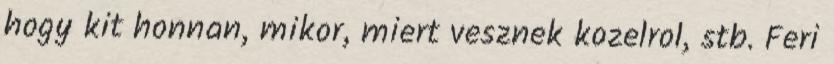
hogy kit honnan, mikor, miert vesznek kozelrol, stb. Feri